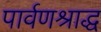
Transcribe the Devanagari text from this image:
पार्वणश्राद्ध